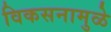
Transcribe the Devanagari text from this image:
विकसनामुळे